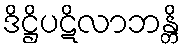
ဒိဋ္ဌိပဋိလာဘန္တိ